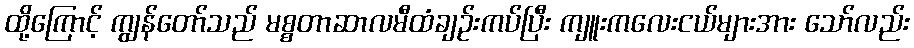
ထို့ကြောင့် ကျွန်တော်သည် မစ္စတာဆာလမီထံချဉ်းကပ်ပြီး ကျူးကလေးငယ်များအား သော်လည်း